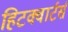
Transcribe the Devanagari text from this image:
हिटक्वार्टर्स